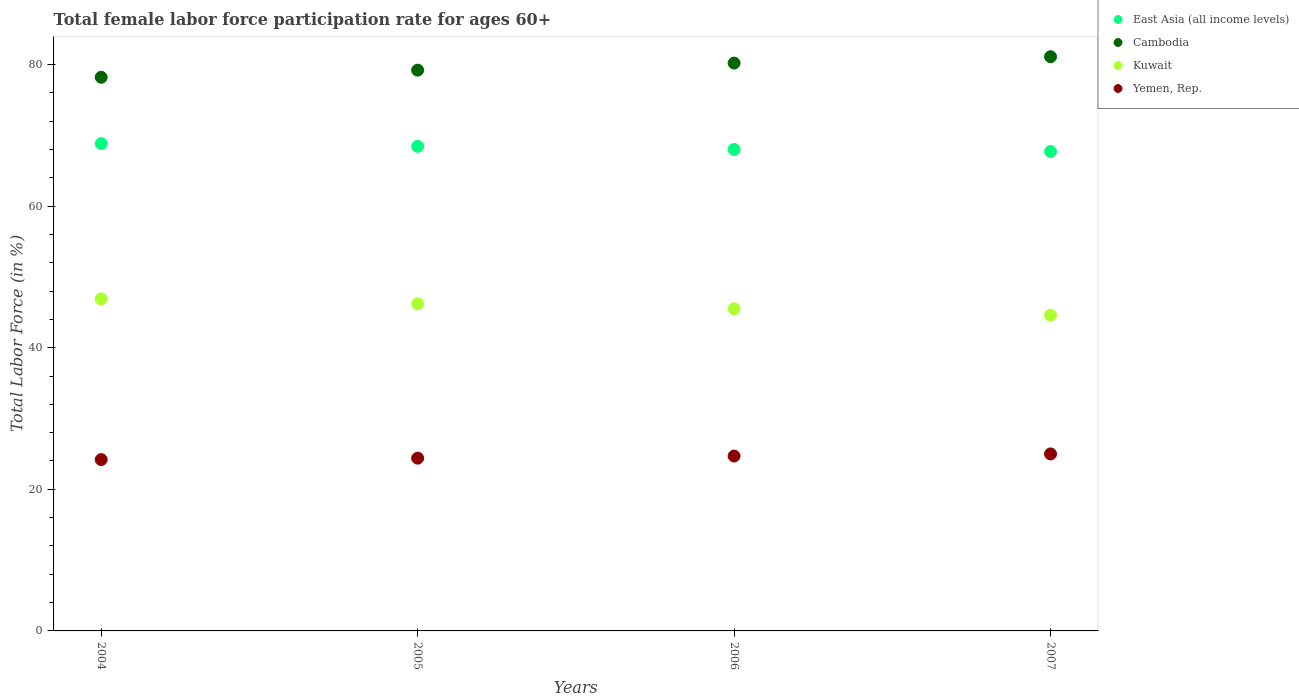
| Years | East Asia (all income levels) | Cambodia | Kuwait | Yemen, Rep. |
 | --- | --- | --- | --- | --- |
 | 2004 | 68.8 | 78.2 | 46.9 | 24.2 |
 | 2005 | 68.4 | 79.2 | 46.2 | 24.4 |
 | 2006 | 68 | 80.2 | 45.5 | 24.7 |
 | 2007 | 67.7 | 81.1 | 44.6 | 25 |